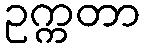
ဥက္ကတာ